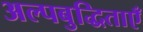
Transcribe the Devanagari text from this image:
अल्पबुद्धिताएँ